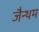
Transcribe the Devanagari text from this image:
जैन्थम